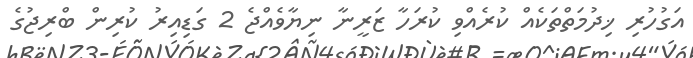
އަގުހުރި ޚިދުމަތްތަކެއް ކުރެއްވި ކުރަހާ ޒަރީނާ ނިޔާވެއްޖެ 2 ގަޑިއިރު ކުރިން ބްރިޖުގެ